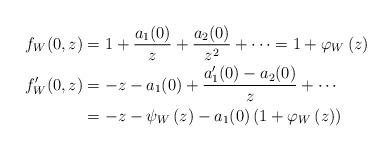
LaTeX: \begin{align*}f_{W}(0,z) & =1+\dfrac{a_{1}(0)}{z}+\dfrac{a_{2}(0)}{z^{2}}+\cdots=1+\varphi_{W}\left( z\right) \\f_{W}^{\prime}(0,z) & =-z-a_{1}(0)+\dfrac{a_{1}^{\prime}(0)-a_{2}(0)}{z}+\cdots \\& =-z-\psi_{W}\left( z\right) -a_{1}(0)\left( 1+\varphi_{W}\left( z\right)\right) \end{align*}